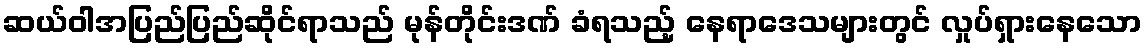
ဆယ်ဝါအပြည်ပြည်ဆိုင်ရာသည် မုန်တိုင်းဒဏ် ခံရသည့် နေရာဒေသများတွင် လှုပ်ရှားနေသော